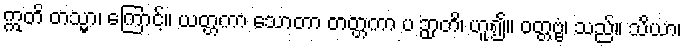
ဣတိ တသ္မာ၊ ကြောင့်။ ယတ္တကာ သောတာ တတ္တကာ ပ ဉှာတိ၊ ဟူ၍။ ဝတ္တဗ္ဗံ၊ သည်။ သိယာ၊